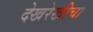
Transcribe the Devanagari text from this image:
देखरेखीचा